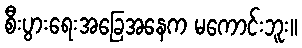
စီးပွားရေးအခြေအနေက မကောင်းဘူး။